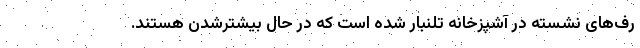
رف‌های نَشُسته در آشپزخانه تلنبار شده است که در حال بیشترشدن هستند.